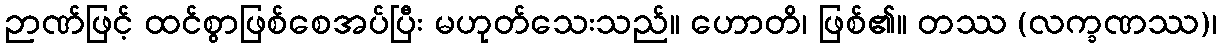
ဉာဏ်ဖြင့် ထင်စွာဖြစ်စေအပ်ပြီး မဟုတ်သေးသည်။ ဟောတိ၊ ဖြစ်၏။ တဿ (လက္ခဏဿ)၊